Report on the administration of the Government Cinchona Department 1892-98
Year: 1892
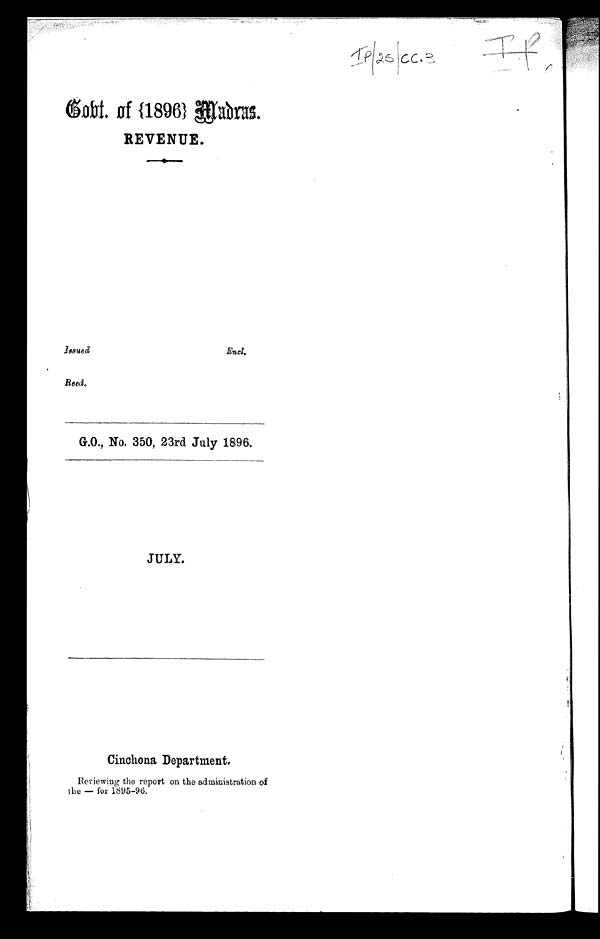
Issued
Encl
Cobt. of {1896} Madras.
REVENUE.
Reed.
G.O., No. 350, 23rd July 1896,
JULY.
Cinchona Department.
Reviewing the report on the administration of
the — for 1895-96.